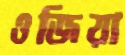
ওজিয়া